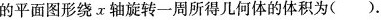
的平面图形绕x轴旋转一周所得几何体的体积为（）.